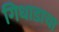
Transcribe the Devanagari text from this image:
गिधाडाचा